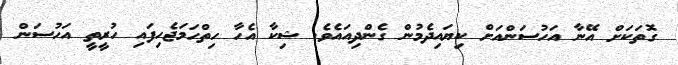
ގޮތަކަށް އޭނާ އަހުސަންއަށް ކިޔައިދެމުން ގެންދިއައެވެ. ޝިކާ އެހާ ހިތްހަމަޖެހިފައި ހުރީތީ އަހުސަން